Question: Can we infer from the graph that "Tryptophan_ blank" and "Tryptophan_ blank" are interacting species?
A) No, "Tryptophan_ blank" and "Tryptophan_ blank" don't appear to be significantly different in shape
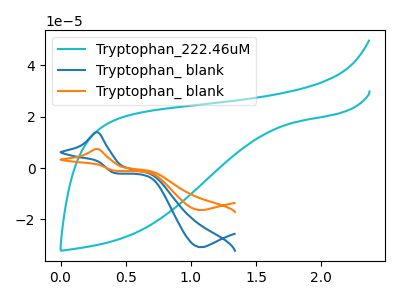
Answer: <think>The cyan curve "Tryptophan_222.46uM" has no peaks. The blue curve "Tryptophan_ blank" has an anodic peak at (0.30V, 13.95uA) and a cathodic peak at (1.05V, -30.80uA). The orange curve "Tryptophan_ blank" has an anodic peak at (0.30V, 7.40uA) and a cathodic peak at (1.05V, -16.35uA).
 All the peaks in "Tryptophan_ blank" have a peak in "Tryptophan_ blank" at the same potential. Every peak in "Tryptophan_ blank" is higher than every peak in "Tryptophan_ blank".</think>
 <answer>A) No, "Tryptophan_ blank" and "Tryptophan_ blank" don't appear to be significantly different in shape</answer>
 <eval>A</eval>